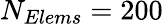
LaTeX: N_{Elems}=200